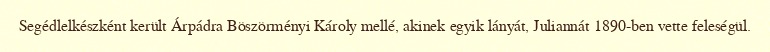
Segédlelkészként került Árpádra Böszörményi Károly mellé, akinek egyik lányát, Juliannát 1890-ben vette feleségül.